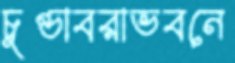
চুণ্ডাবরাভবনে